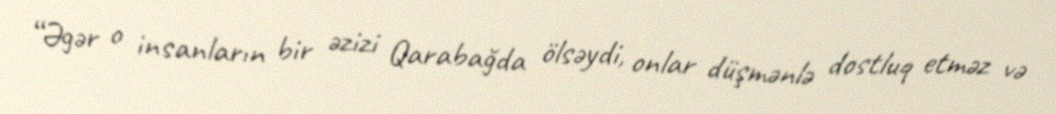
“Əgər o insanların bir əzizi Qarabağda ölsəydi, onlar düşmənlə dostluq etməz və